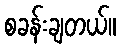
စခန်းချတယ်။